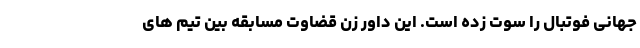
جهانی فوتبال را سوت زده است. این داور زن قضاوت مسابقه بین تیم های